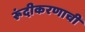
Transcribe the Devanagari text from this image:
रूंदीकरणाची